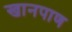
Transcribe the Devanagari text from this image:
खानपाण